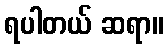
ရပါတယ် ဆရာ။